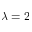
\lambda = 2